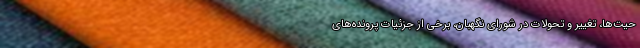
حیت‌ها، تغییر و تحولات در شورای نگهبان، برخی از جزئیات پرونده‌های